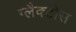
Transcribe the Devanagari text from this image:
ग्लैक्टोस